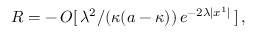
\: R = - \, O [ \, \lambda ^ { 2 } / ( \kappa ( a - \kappa ) ) \, e ^ { - 2 \lambda | x ^ { 1 } | } \, ] \, , \: